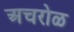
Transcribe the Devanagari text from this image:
अचरोळ